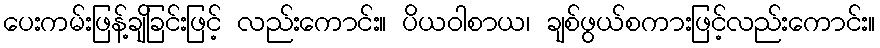
ပေးကမ်းဖြန့်ချိခြင်းဖြင့် လည်းကောင်း။ ပိယဝါစာယ၊ ချစ်ဖွယ်စကားဖြင့်လည်းကောင်း။